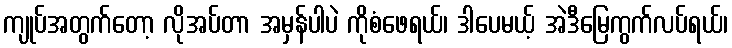
ကျုပ်အတွက်တော့ လိုအပ်တာ အမှန်ပါပဲ ကိုစံဖေရယ်၊ ဒါပေမယ့် အဲဒီမြေကွက်လပ်ရယ်၊